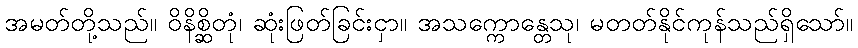
အမတ်တို့သည်။ ဝိနိစ္ဆိတုံ၊ ဆုံးဖြတ်ခြင်းငှာ။ အသက္ကောန္တေသု၊ မတတ်နိုင်ကုန်သည်ရှိသော်။